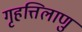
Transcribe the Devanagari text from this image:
गृहत्तिलाणु